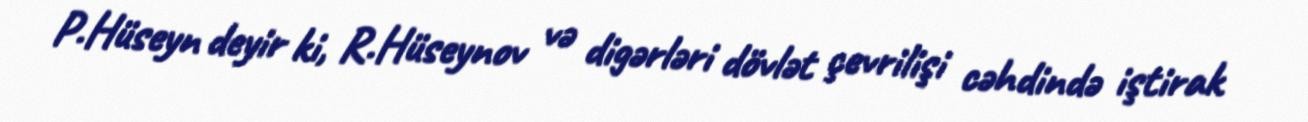
P.Hüseyn deyir ki, R.Hüseynov və digərləri dövlət çevrilişi cəhdində iştirak